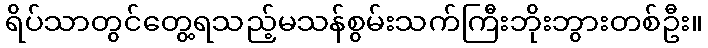
ရိပ်သာတွင်တွေ့ရသည့်မသန်စွမ်းသက်ကြီးဘိုးဘွားတစ်ဦး။